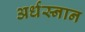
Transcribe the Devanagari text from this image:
अर्धस्नान